King Institute of Preventive Medicine Bacteriolog. Section reports 1907-08
Year: 1907
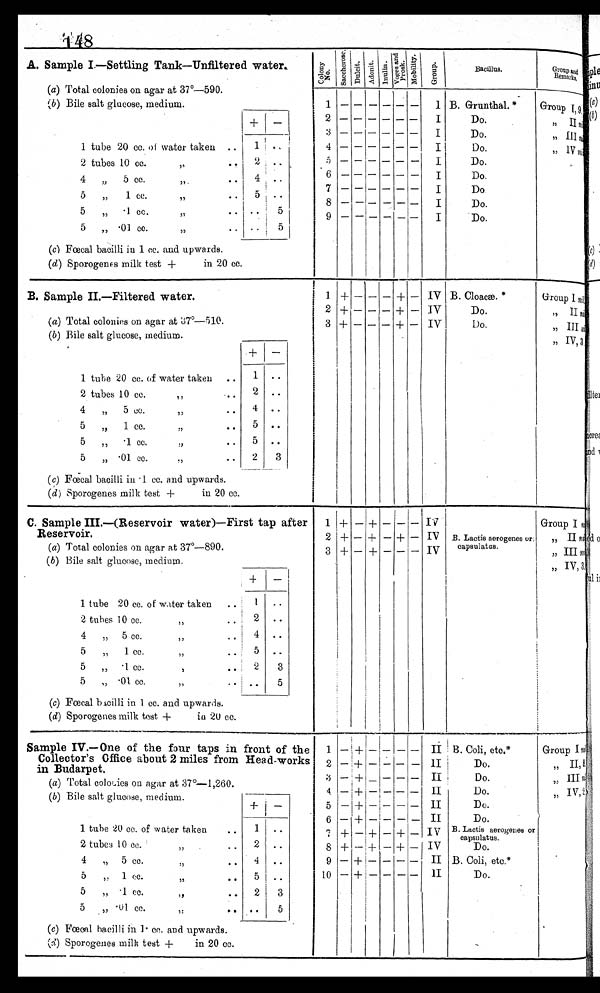
148
A. Sample I—Settling Tank—Unfiltered water .
(a) Total colonies on agar at 37°-590.
(b) Bile salt glucose, medium.
C o l o n y
N o .
Sa c c h e r o s e Dul t i es
Adoni t Voge s or and
prosk.
Indol.
M o t i l i t y
G r o u p
Bacillus.
Group and
Remarks,
1
1
I B. Grunthal
Group
+
2
2
I
Do.
, ,
Inil
3 3
I
Do.
,, IIII nil
1 tube 20 cc. of water taken ..
2
2 tubes 10 cc.
5,
2
. ..
5
4
— — — — — —
I
I
Do.
Do.
„ 1V nil
4
„
5 cc.
, ,
Do.
5 \
5
„
1 cc.
,,
... . . .
7 — — — — — —
I
Do.
8 - - - - - -
I
Do.
5 c c . . . .
57
Do.
5 „ .01 cc.
,,
.. ..
5
(c) Fecal bacilli in 1 cc. and upwards.
(d) Sporogenes milk test +
in 20 cc.
B. Sample IL—Filtered water.
1
2
+
+
—
—
—
—
—
—
+
+
—
—
IV
IV
B. Cloacæ. *
Do.
Group 17 n i l
,, Thu
(a) Total colonies on agar at 37°-510.
3 + — — — + — IV
Do.
„ III nil
(b) Bile salt glucose, medium.
I
,, IV, 3
+ —
1 tube 20 cc. of water taken ..
1 . . . . . .
2 tubes 10 cc.
,, ... ...
2 ..
.
4 „ 5 ec.
,,
... . 4 ..
5 „ 1 cc.
,,
..
5 ..
5 „ .1 cc.
,,
... . 5 ..
5 „ .01 cc.
..
(c) Fecal bacilli in 1. cc. and upwards.
(d) Sporogenes milk test +
in 20 cc.
2
3
C. Sample III.—(Reservoir water)—First tap after 1 i + — + — '— — IV
Group I n i l
Reservoir.
2 + — + — + — IV B. Lactis aerogenes or;
,, II ni
(a) Total colonies on agar at 37°-890.
3 + — + - - — IV capsulatus.
„III n i l .
(b)
Bile salt glucose, medium.
1 tube 20 cc. of water taken
1
IV,3,
1 . .
. .
2 tubes 10 cc.
,,
. . .
4 „ 5 cc.
,,
4
5 „ 1 cc.
, , 5
..
. .
5 „ 1 cc.
,
5 „ .01 cc.
,,
..
(c) Fœcal bacilli in 1 cc. and upwards.
(d) Sporogenes milk test +
in 20 cc.
2
I . . . . . .
3
5
Sample IV.—One of the four taps in
Collector's Office about 2 miles from
in Budarpet.
(a) Total colocies on agar at 37°-1,260.
(b) Bile salt glucose, medium.
front
+
Head-works
of the
1
2
3
4
5
—
—
—
—+-
+
+
+
+
—
—
_
—
—
—
—
—
—
---
—
—
—
—
—
—
—
—
—
—
II
II
II
II
II
! B. Coli, etc.*
Do.
Do.
Do.
Do.
Group I nill
,, II , 8 ,
' —
6 — + — — — — II
Do.
1 tube 20 cc. of water taken
..
1 ..
7 + — + — + —
I V B.Lactis aerogenes or capsul at us.
2 tubes 10 co,,
. .
8 +— + — + — IV
Do.
4 „ 5 cc.,,
. . . . . . 4 ..
9 — + — — — — II B. Coli, etc.*
5 „ 1 cc.., ,,
. .
..
10 1— + — — — — II
Do.
5 „ .1 cc,,
, ,
2 1 3
5
.01 cc.
,,:
.. .
..
5
(c) Fœcal bacilli in 1... cc. and upwards.
(d) Sporogenes milk test +
in 20 cc.
I